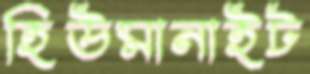
হিউমানাইট